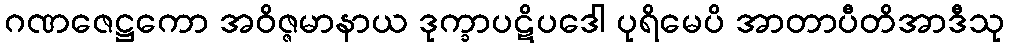
ဂဏဇေဋ္ဌကော အဝိဇ္ဇမာနာယ ဒုက္ခာပဋိပဒေါ ပုရိမေပိ အာတာပီတိအာဒီသု